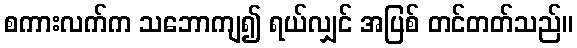
စကားလက်က သဘောကျ၍ ရယ်လျှင် အပြစ် တင်တတ်သည်။